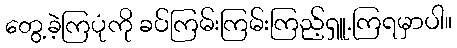
တွေ့ခဲ့ကြပုံကို ခပ်ကြမ်းကြမ်းကြည့်ရှူ.ကြရမှာပါ။